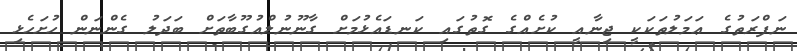
ނަފްރަތުގެ ޢަމަލުތަކަކީ ޖިނާއީ ކުށެއްގެ ގޮތުގައި ކަނޑައެޅުމަށް ގާނޫނުލްއުގޫބާތަށް ބަދަލު ގެންނަން ހުށަހެޅި